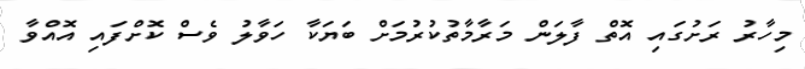
މިހާރު ރަށުގައި އޮތް ފާލަން މަރާމާތުކުރުމަށް ބަޔަކާ ހަވާލު ވެސް ކޮށްފައި އޮއްވާ